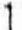
1